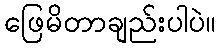
ဖြေမိတာချည်းပါပဲ။